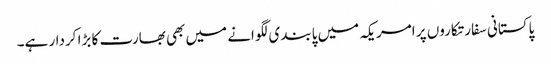
پاکستانی سفارتکاروں پر امریکہ میں پابندی لگوانے میں بھی بھارت کا بڑا کردار ہے۔